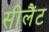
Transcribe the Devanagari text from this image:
सीलैंट